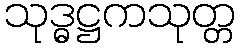
သုဒ္ဓဋ္ဌကသုတ္တ